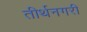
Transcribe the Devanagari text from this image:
तीर्थनगरी